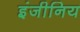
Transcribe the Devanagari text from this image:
इंजीनिय